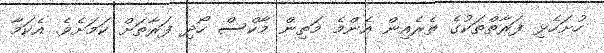
ހުށަހެޅި ފަރާތްތަކުގެ ތެރެއިން އެންމެ މަތިން މާކްސް ހޯދި ފަރާތަށް ކަމަށެވެ. އެކަމާ